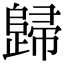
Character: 歸